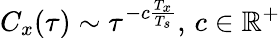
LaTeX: C_{x}(\tau)\sim\tau^{-c\frac{T_{x}}{T_{s}}},\, c\in\mathbb{R}^{+}